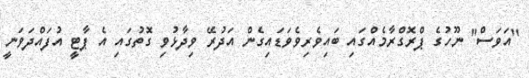
"އަވަސް" ނޫހުގެ ޕްރޮގްރާމެއްގައި ބައިވެރިވެވަޑައިގެން އަދުރޭ ވިދާޅުވި ގޮތުގައި އެ ޕާޓީ އުފައްދަވަނީ